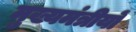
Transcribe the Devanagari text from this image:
मुख्यमंत्रीयों